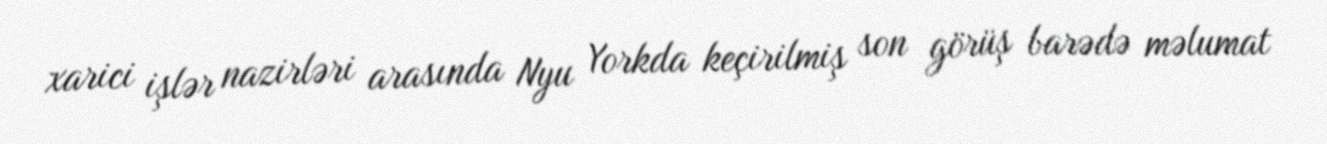
xarici işlər nazirləri arasında Nyu Yorkda keçirilmiş son görüş barədə məlumat